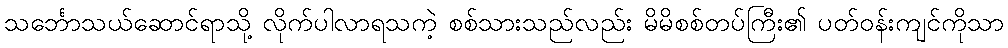
သင်္ဘောသယ်ဆောင်ရာသို့ လိုက်ပါလာရသကဲ့ စစ်သားသည်လည်း မိမိစစ်တပ်ကြီး၏ ပတ်ဝန်းကျင်ကိုသာ